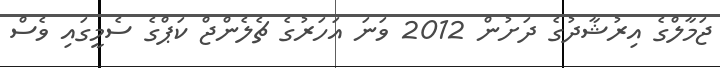
ޖަމާލްގެ އިރުޝާދުގެ ދަށުން 2012 ވަނަ އަހަރުގެ ޗެލެންޖް ކަޕްގެ ސެމީގައި ވެސް